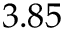
3 . 8 5